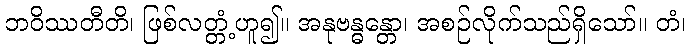
ဘဝိဿတီတိ၊ ဖြစ်လတ္တံ့ဟူ၍။ အနုဗန္ဓန္တော၊ အစဉ်လိုက်သည်ရှိသော်။ တံ၊